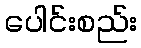
ပေါင်းစည်း